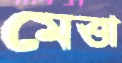
মেত্তা